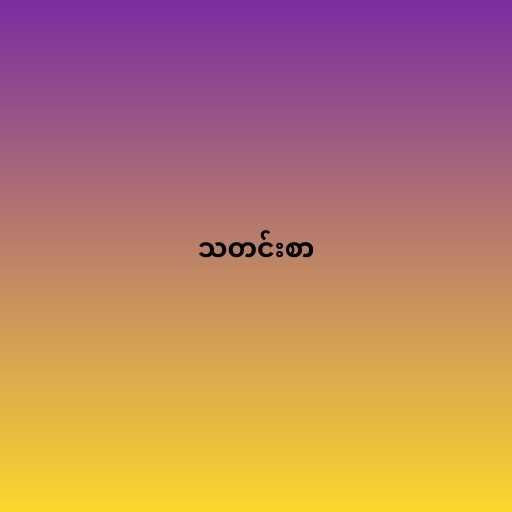
သတင်းစာ